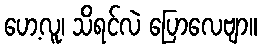
ဟေ့လူ၊ သိရင်လဲ ပြောလေဗျာ။